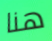
هنا